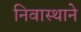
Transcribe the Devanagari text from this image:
निवास्थाने